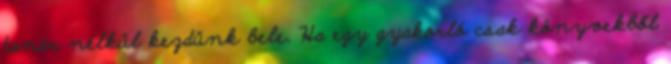
tanár nélkül kezdünk bele. Ha egy gyakorló csak könyvekből